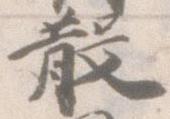
散